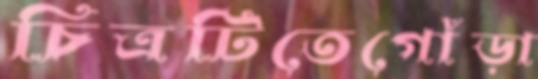
চিত্রটিতেগোঁড়া